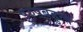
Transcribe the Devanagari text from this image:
पुरुषबहुत्व